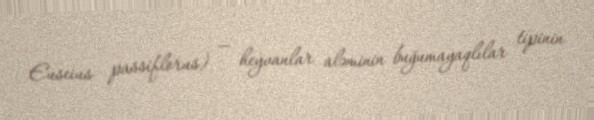
Euseius passiflorus) — heyvanlar aləminin buğumayaqlılar tipinin